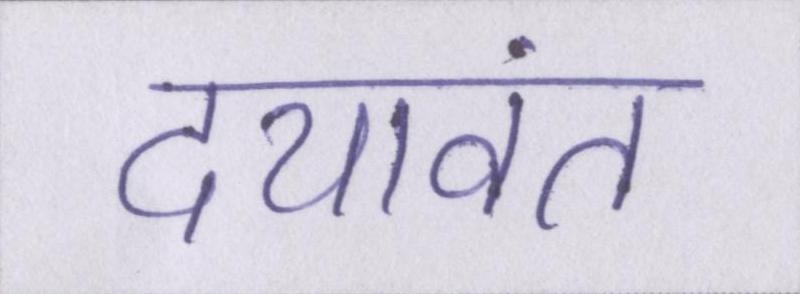
दयावंत